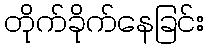
တိုက်ခိုက်နေခြင်း